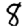
Digit: 8